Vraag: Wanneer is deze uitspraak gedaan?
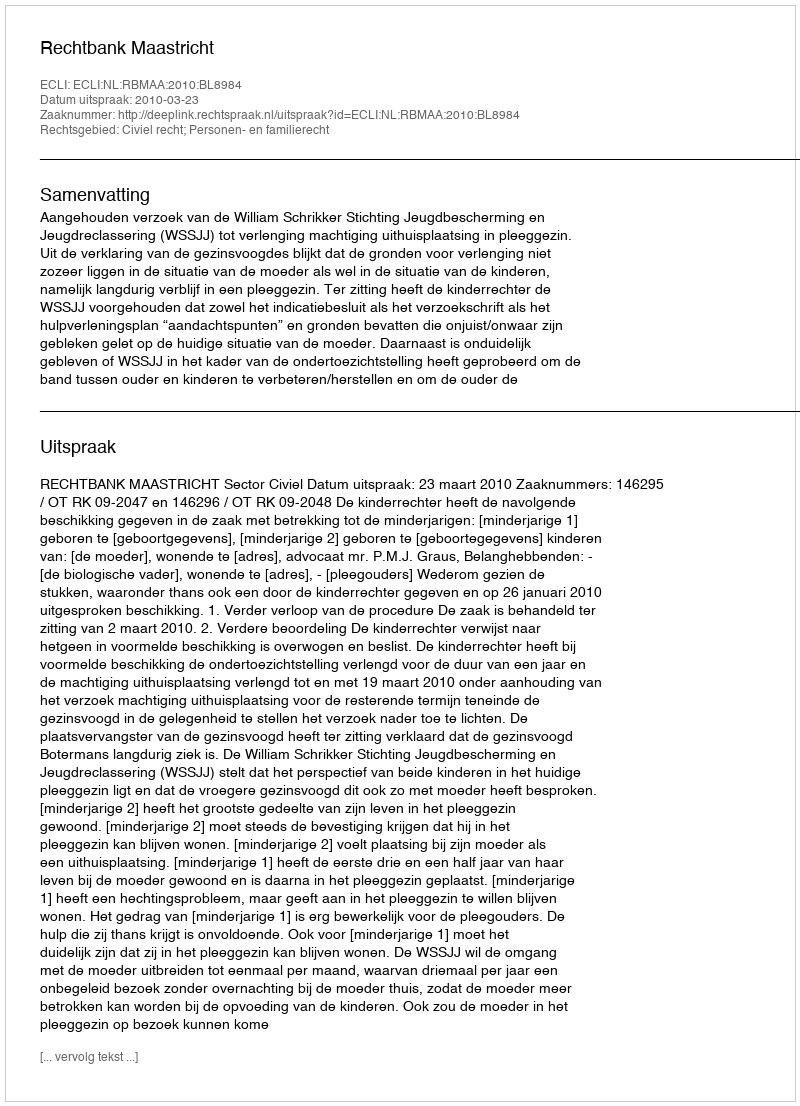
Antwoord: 2010-03-23